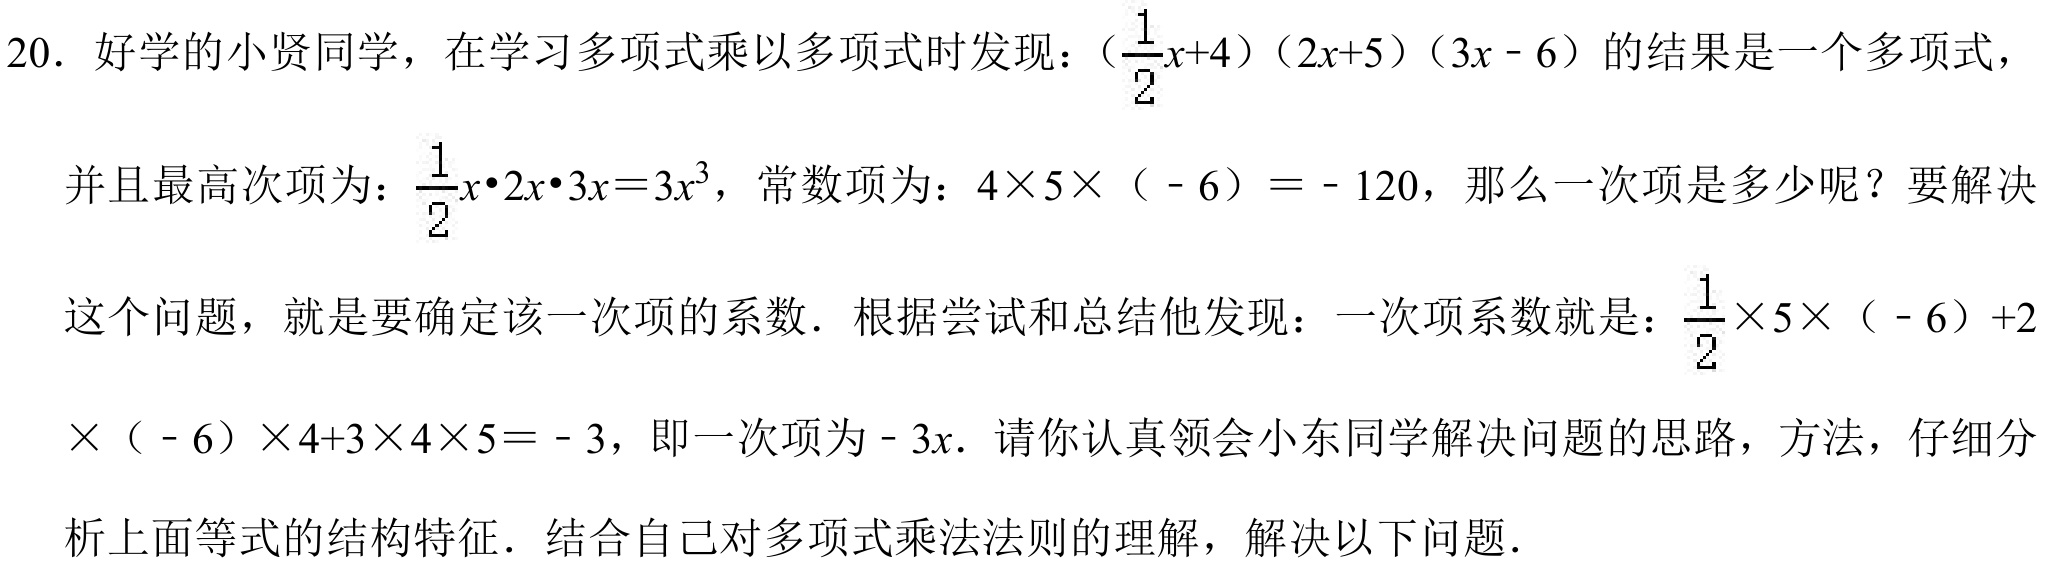
20. 好学的小贤同学，在学习多项式乘以多项式时发现：\((\frac{1}{2}x + 4)(2x + 5)(3x - 6)\)的结果是一个多项式，
并且最高次项为：\(\frac{1}{2}x\cdot2x\cdot3x = 3x^{3}\)，常数项为：\(4\times5\times(-6)= - 120\)，那么一次项是多少呢？要解决
这个问题，就是要确定该一次项的系数．根据尝试和总结他发现：一次项系数就是：\(\frac{1}{2}\times5\times(-6)+2
\times(-6)\times4 + 3\times4\times5=-3\)，即一次项为\(-3x\)．请你认真领会小东同学解决问题的思路，方法，仔细分
析上面等式的结构特征．结合自己对多项式乘法法则的理解，解决以下问题．